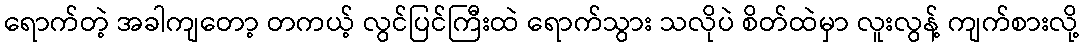
ရောက်တဲ့ အခါကျတော့ တကယ့် လွင်ပြင်ကြီးထဲ ရောက်သွား သလိုပဲ စိတ်ထဲမှာ လူးလွန့် ကျက်စားလို့